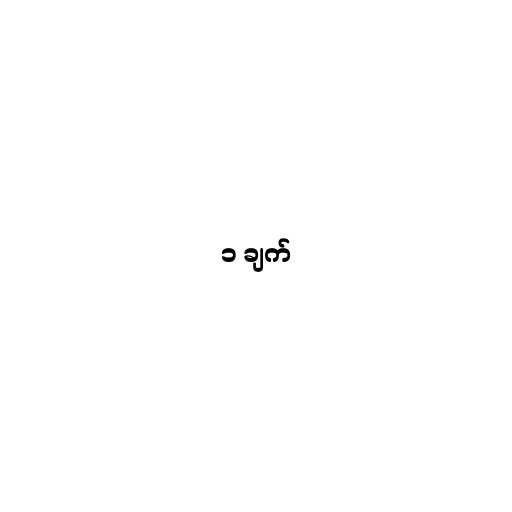
၁ ချက်